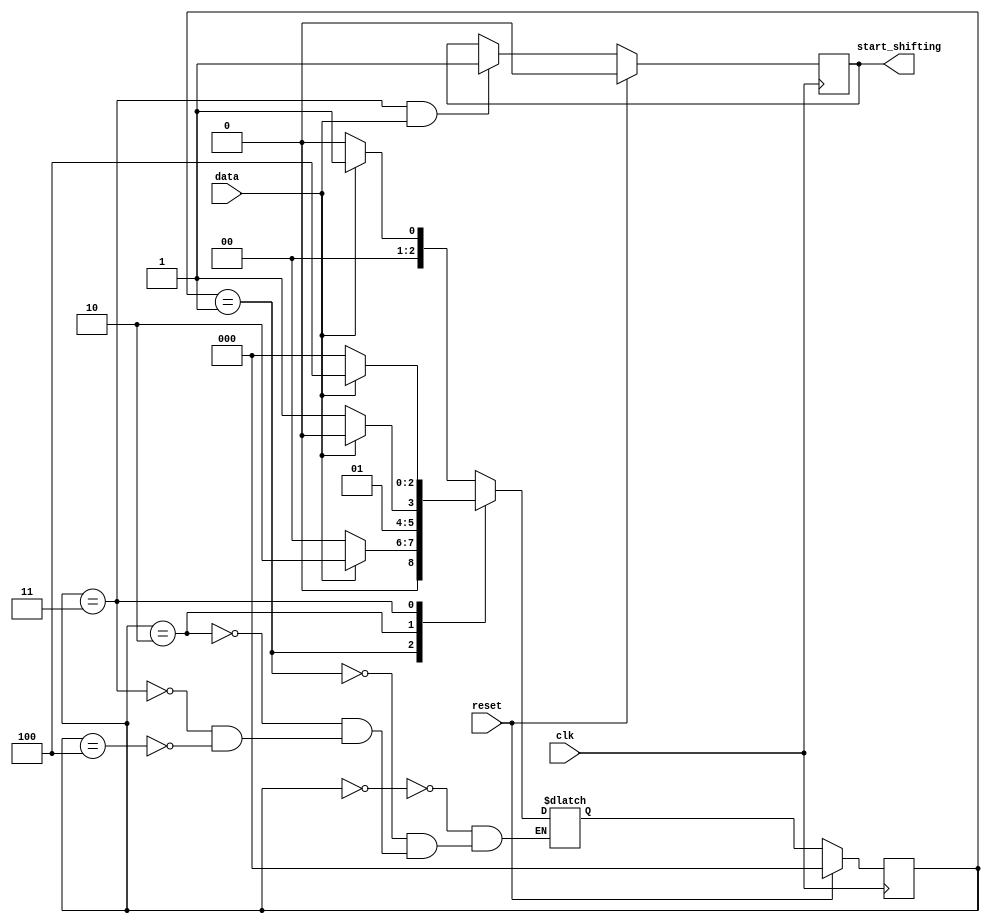
module top_module (
    input clk,
    input reset,      // Synchronous reset
    input data,
    output start_shifting);
	
	parameter START = 0, S1 = 1, S11 = 2, S110 = 3, S1101 = 4;
	
	reg[2:0] state, next_state;
	
	always@(posedge clk)begin
		if(reset)
			state <= START;
		else
			state <= next_state;
	end
	
	always@(*)begin
		case(state)
			START : next_state = data ? S1 : START;
			S1 : next_state = data ? S11 : START;
			S11 : next_state = data ? S11 : S110;
			S110 : next_state = data ? S1101 : START;
			S1101 : next_state = data ? S1 : START;
		endcase
	end
	
	always@(posedge clk)begin
		if(reset)
			start_shifting <= 0;
		else if(state == S110 && data == 1)
			start_shifting <= 1;
	end
	
endmodule